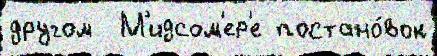
другом  М'идсом'ер'е постано́вок